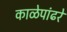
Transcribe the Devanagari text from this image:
काळेपांढरे